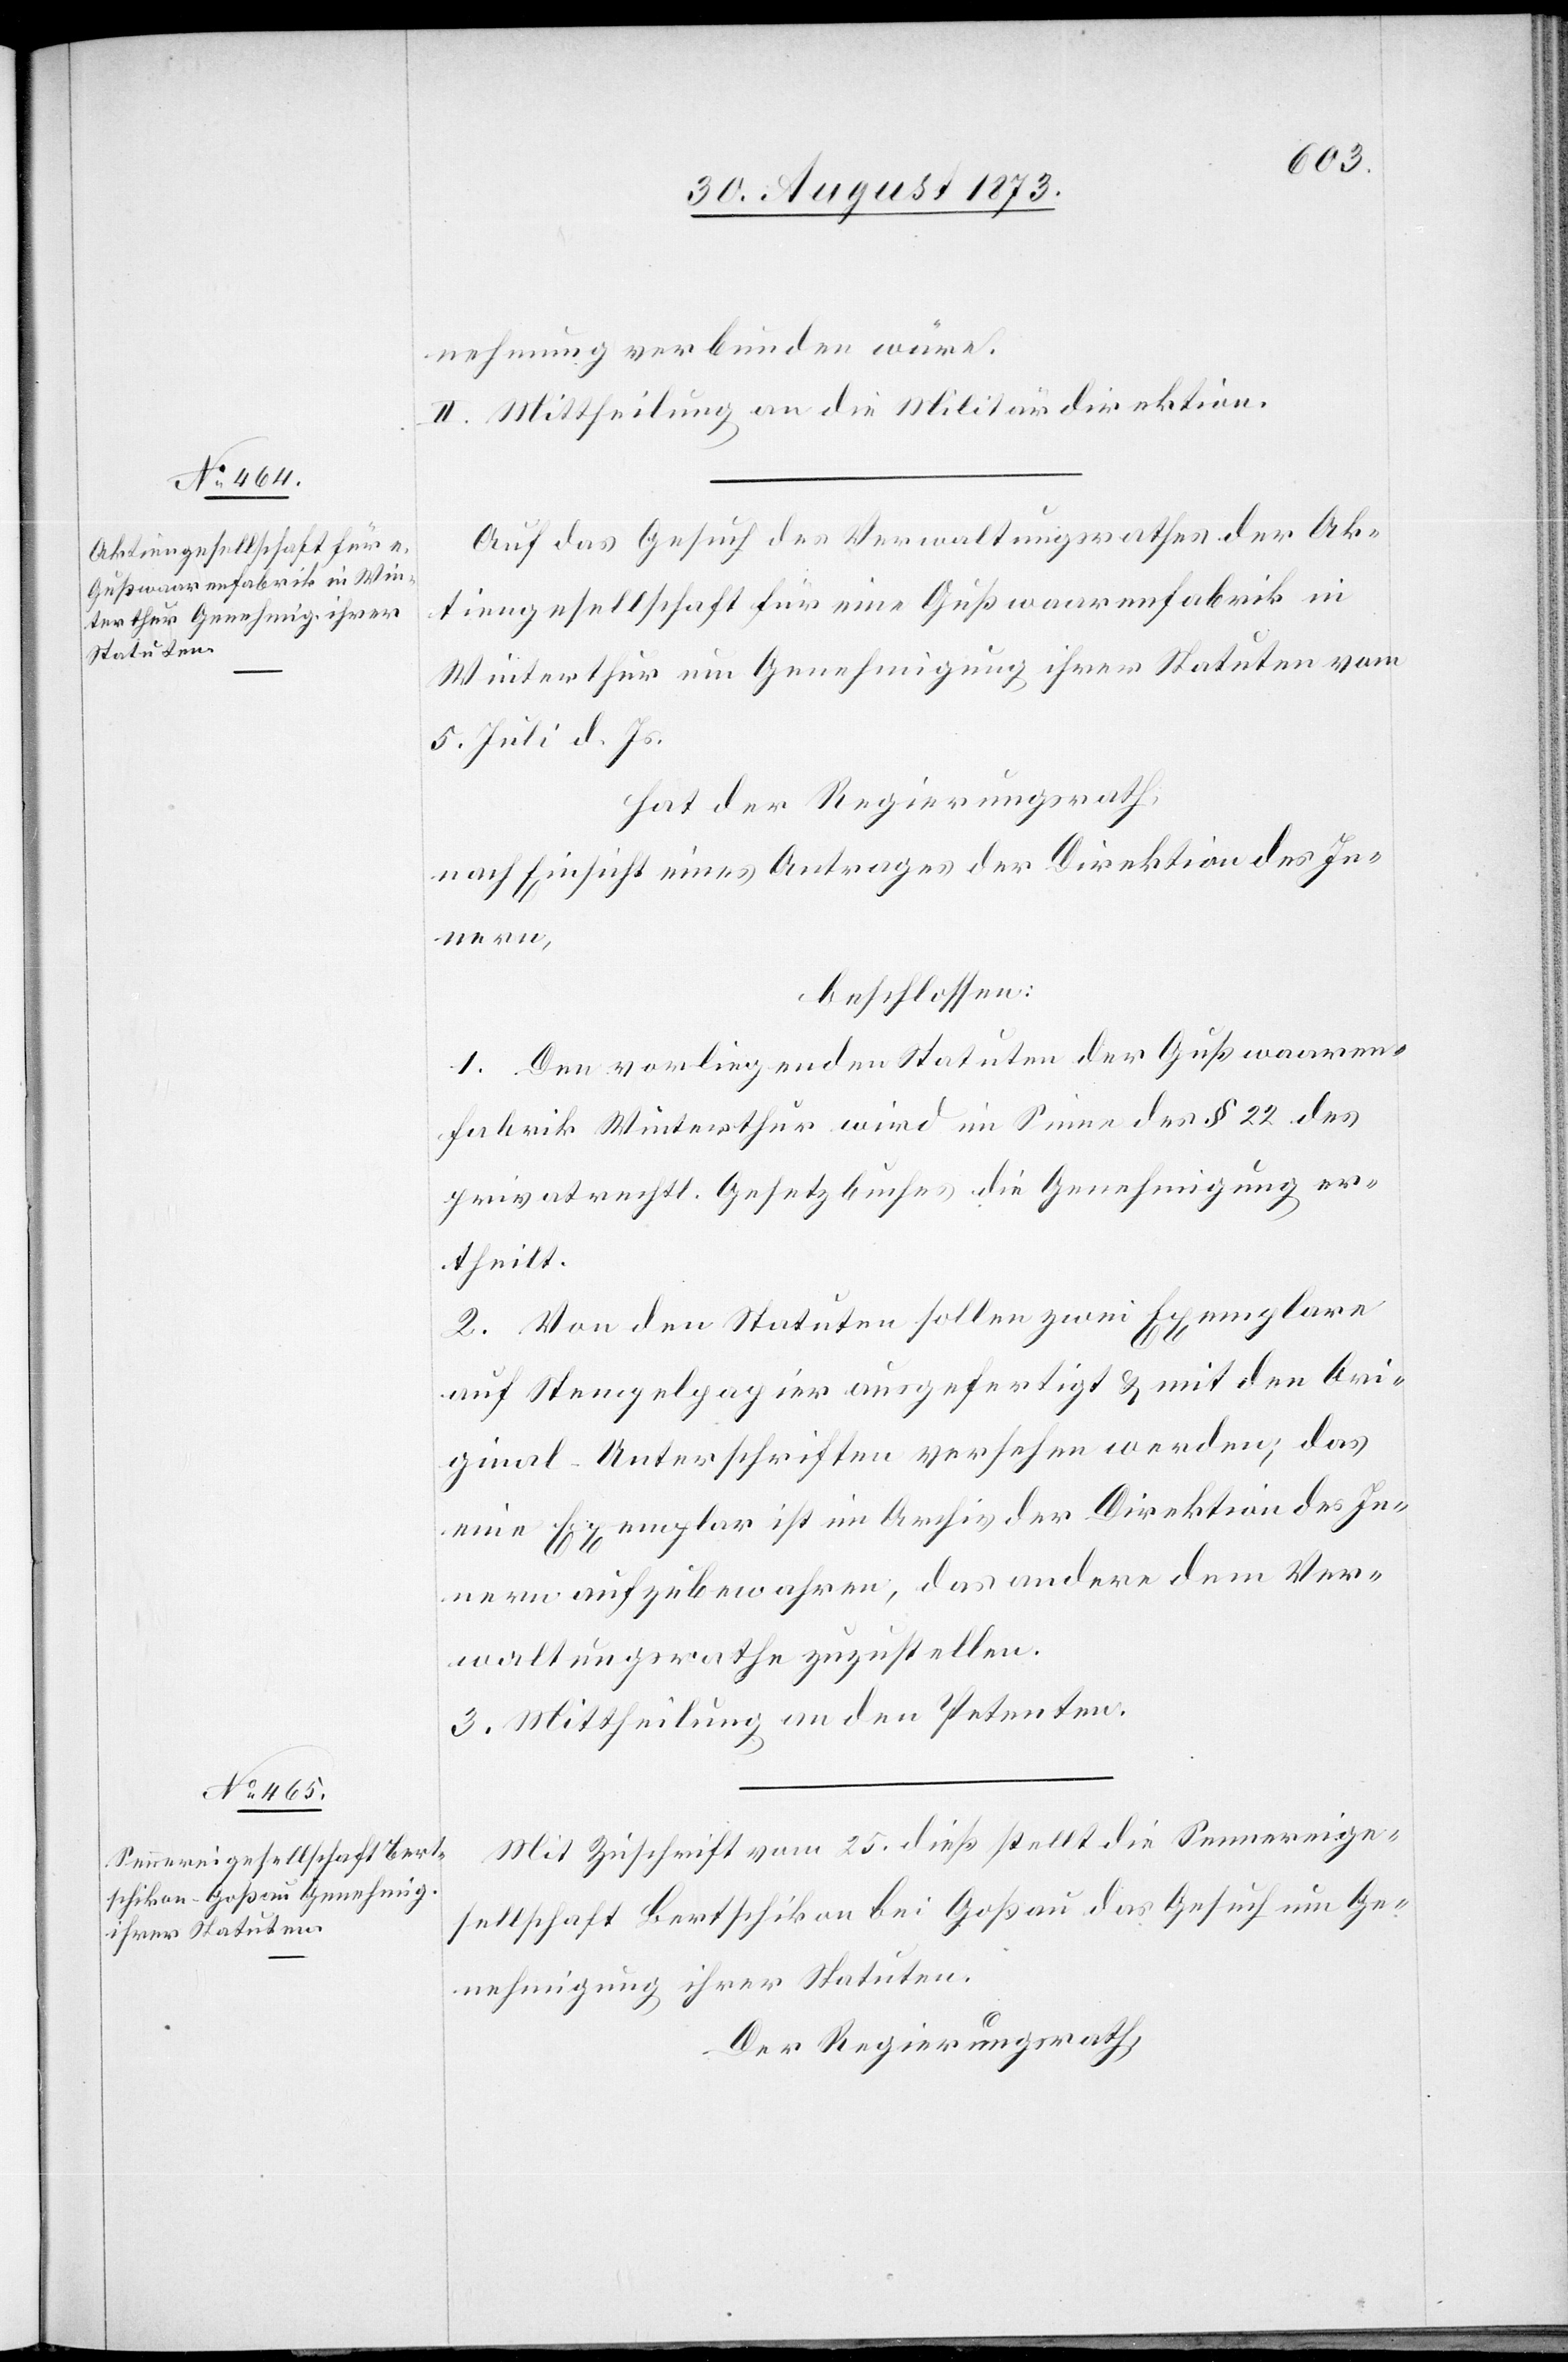
nehmung verbunden wäre.
II. Mittheilung an die Militärdirektion.
Auf das Gesuch des Verwaltungsrathes der Ak¬
tiengesellschaft für eine Gußwaarenfabrik in
Winterthur um Genehmigung ihrer Statuten vom
5. Juli d. Js.
hat der Regierungsrath,
nach Einsicht eines Antrages der Direktion des In¬
nern,
beschlossen:
1. Den vorliegenden Statuten der Gußwaaren¬
fabrik Winterthur wird im Sinne des § 22 des
privatrechtl. Gesetzbuches die Genehmigung er¬
theilt.
2. Von den Statuten sollen zwei Exemplare
auf Stempelpapier ausgefertigt & mit den Ori¬
ginal-Unterschriften versehen werden; das
eine Exemplar ist im Archiv der Direktion des In¬
nern aufzubewahren, das andere dem Ver¬
waltungsrathe zuzustellen.
3. Mittheilung an den Petenten.
Mit Zuschrift vom 25. dieß stellt die Sennereige¬
sellschaft Bertschikon bei Goßau das Gesuch um Ge¬
nehmigung ihrer Stauten.
Der Regierungsrath,